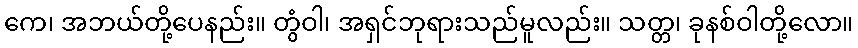
ကေ၊ အဘယ်တို့ပေနည်း။ တွံဝါ၊ အရှင်ဘုရားသည်မူလည်း။ သတ္တ၊ ခုနစ်ဝါတို့လော။